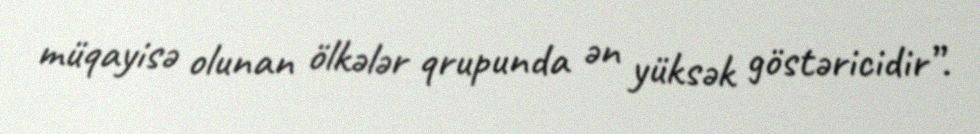
müqayisə olunan ölkələr qrupunda ən yüksək göstəricidir”.